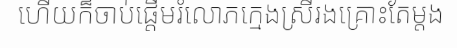
ហើយក៏ចាប់ផ្តើមរំលោភក្មេងស្រីរងគ្រោះតែម្តង